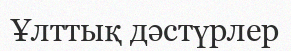
Ұлттық дәстүрлер